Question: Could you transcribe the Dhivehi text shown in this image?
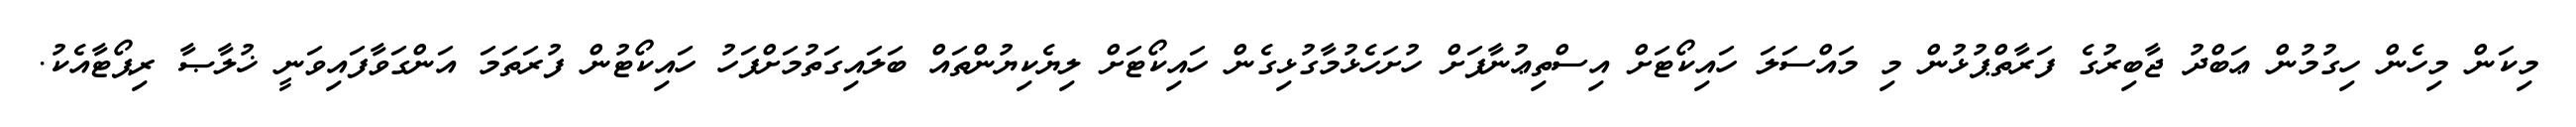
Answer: މިކަން މިހެން ހިގުމުން ޢަބްދު ޖާބިރުގެ ފަރާތްޕުޅުން މި މައްސަލަ ހައިކޯޓަށް އިސްތިޢުނާފަށް ހުށަހެޅުމާގުޅިގެން ހައިކޯޓަށް ލިޔެކިޔުންތައް ބަލައިގަތުމަށްފަހު ހައިކޯޓުން ފުރަތަމަ އަންގަވާފައިވަނީ ޚުލާޞާ ރިޕޯޓާއެކު.